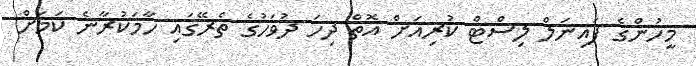
މީހުންގެ ފައިނަލް ލިސްޓް ކުރިއަށް އޮތް ދިހަ ދުވަހުގެ ތެރޭގައި ހާމަކުރާނެ ކަމަށް